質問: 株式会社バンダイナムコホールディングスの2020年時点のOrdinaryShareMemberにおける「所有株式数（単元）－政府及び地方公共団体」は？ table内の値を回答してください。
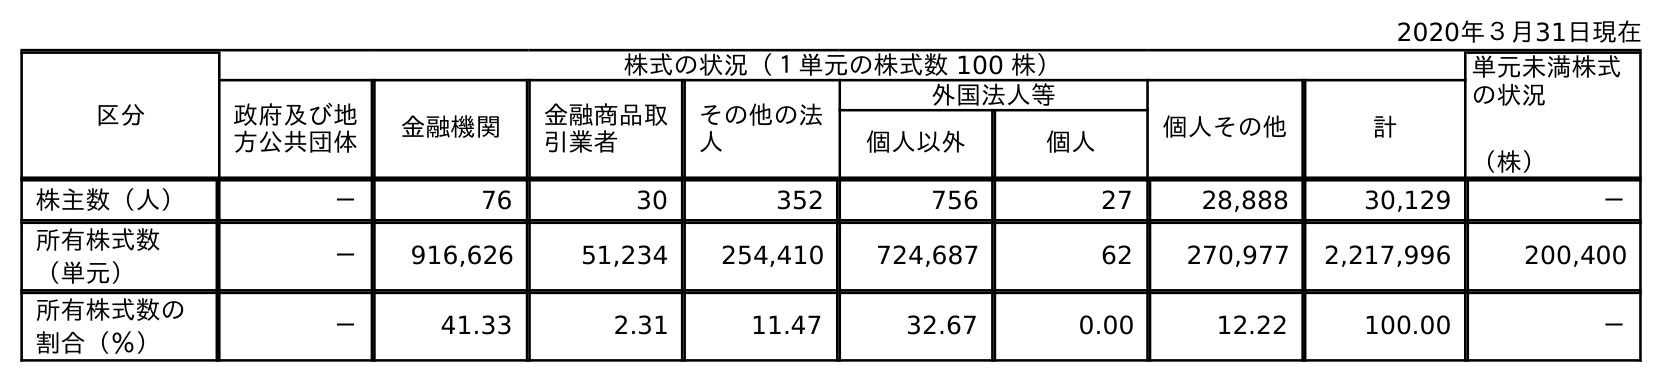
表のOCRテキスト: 2020年３月31日現在 区分 株式の状況（１単元の株式数 100 株） 単元未満株式 の状況 （株） 政府及び地 方公共団体 金融機関 金融商品取 引業者 その他の法 人 外国法人等 個人その他 計 個人以外 個人 株主数（人） － 76 30 352 756 27 28,888 30,129 － 所有株式数 （単元） － 916,626 51,234 254,410 724,687 62 270,977 2,217,996 200,400 所有株式数の 割合（％） － 41.33 2.31 11.47 32.67 0.00 12.22 100.00 －
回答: －